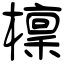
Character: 檁